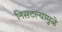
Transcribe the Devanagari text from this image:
निसटल्यामुळे